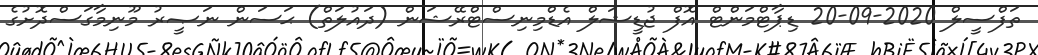
ތަފްސީލް 2020-09-20 ޑިޕާޓްމަންޓް އޮފް ޖުޑީޝަލް އެޑްމިނިސްޓްރޭޝަން (ދައުލަތް) ޙަސަން ނަޞީރު މޫނިމާގަސްދޮށުގެ